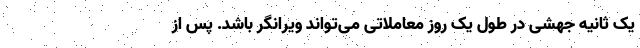
یک ثانیه جهشی در طول یک روز معاملاتی می‌تواند ویرانگر باشد. پس از